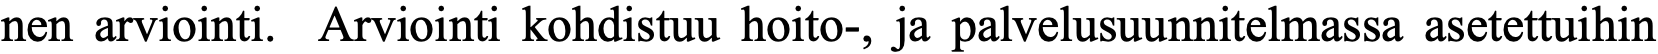
nen arviointi. Arviointi kohdistuu hoito-, ja palvelusuunnitelmassa asetettuihin